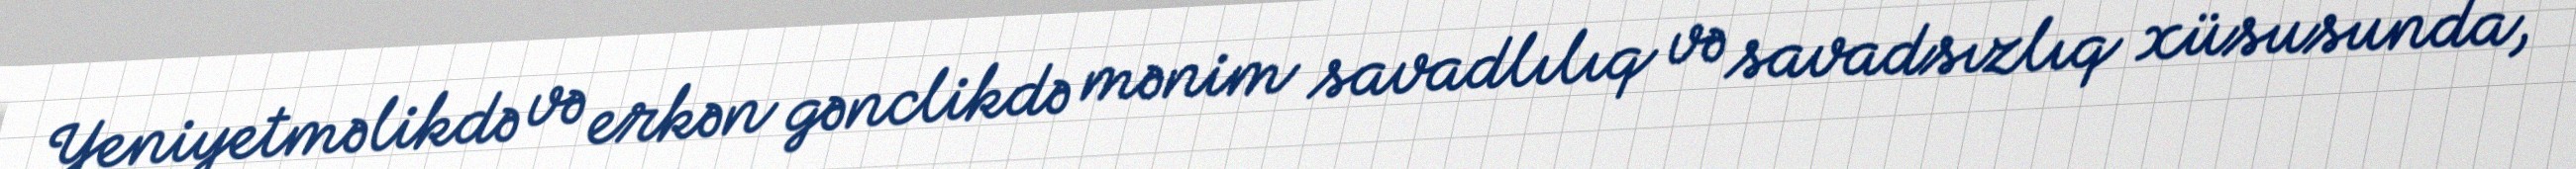
Yeniyetməlikdə və erkən gənclikdə mənim savadlılıq və savadsızlıq xüsusunda,